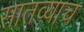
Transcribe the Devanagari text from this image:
सातव्याच